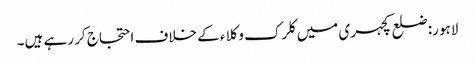
لاہور: ضلع کچہری میں کلرک وکلاء کے خلاف احتجاج کر رہے ہیں۔